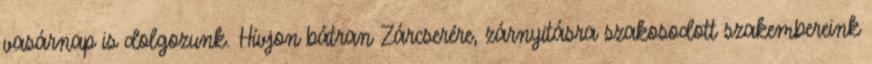
vasárnap is dolgozunk. Hívjon bátran Zárcserére, zárnyitásra szakosodott szakembereink